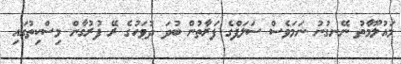
މައުލޫމާތު ނޭނގުނު ނަމަވެސް ސަލަފްގެ ފަރާތުން ބުދަ ދުވަހުގެ ރޭ ފުރުގާން މިސްކިތުގައި